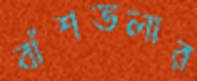
বাঁশতলার